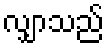
လျှာသည်